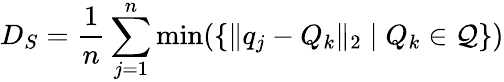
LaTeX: {D_{S}}=\frac{1}{n}\sum_{j=1}^{n}\operatorname*{min}(\left\{ \| q_{j}-Q_{k}\| _{2}\mid Q_{k}\in\mathcal{Q}\right\} )